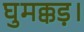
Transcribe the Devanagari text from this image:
घुमक्कड़।